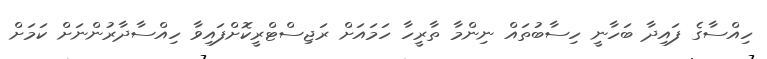
ހިއްސާގެ ފައިދާ ބަހާނީ ހިސާބުތައް ނިންމާ ތާރީހާ ހަމައަށް ރަޖިސްޓްރީކޮށްފައިވާ ހިއްސާދާރުންނަށް ކަމަށް